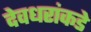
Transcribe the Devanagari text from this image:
देवधरांकडे